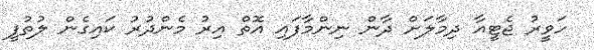
ހަވީރު ޖެޓީއާ ދިމާލަށް ދާން ނިންމާފައި އޮތް އިރު މެންދުރު ކައިގެން ލުތުފީ